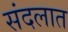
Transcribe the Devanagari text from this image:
संदलात